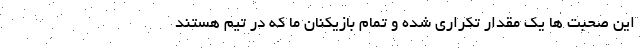
این صحبت ها یک مقدار تکراری شده و تمام بازیکنان ما که در تیم هستند